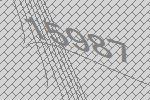
15987